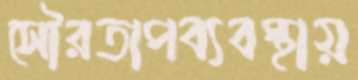
সৌরতাপব্যবস্থায়